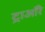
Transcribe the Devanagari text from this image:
ट्राऑरे